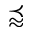
\precapprox